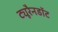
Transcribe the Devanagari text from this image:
ट्यूरैनडॉट